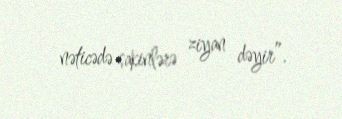
nəticədə sakinlərə ziyan dəyir”.